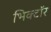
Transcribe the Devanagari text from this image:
भिक्टॉर